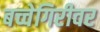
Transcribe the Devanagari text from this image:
बच्चेगिरीवर